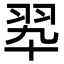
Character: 翆